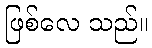
ဖြစ်လေ သည်။